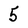
Character: 5